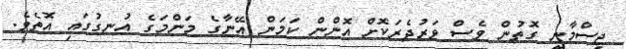
ޖިސްމާނީ ގޮތުން ވެސް ވަރުދެރަކޮށް އޮންން ކަމަން އޭނާގެ މަންމަގެ އުނގުގައި އޮތެވެ.